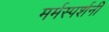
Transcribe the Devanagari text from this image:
मर्मस्पर्शनी